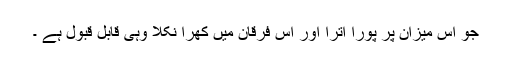
جو اس میزان پر پورا اترا اور اس فرقان میں کھرا نکلا وہی قابل قبول ہے ۔